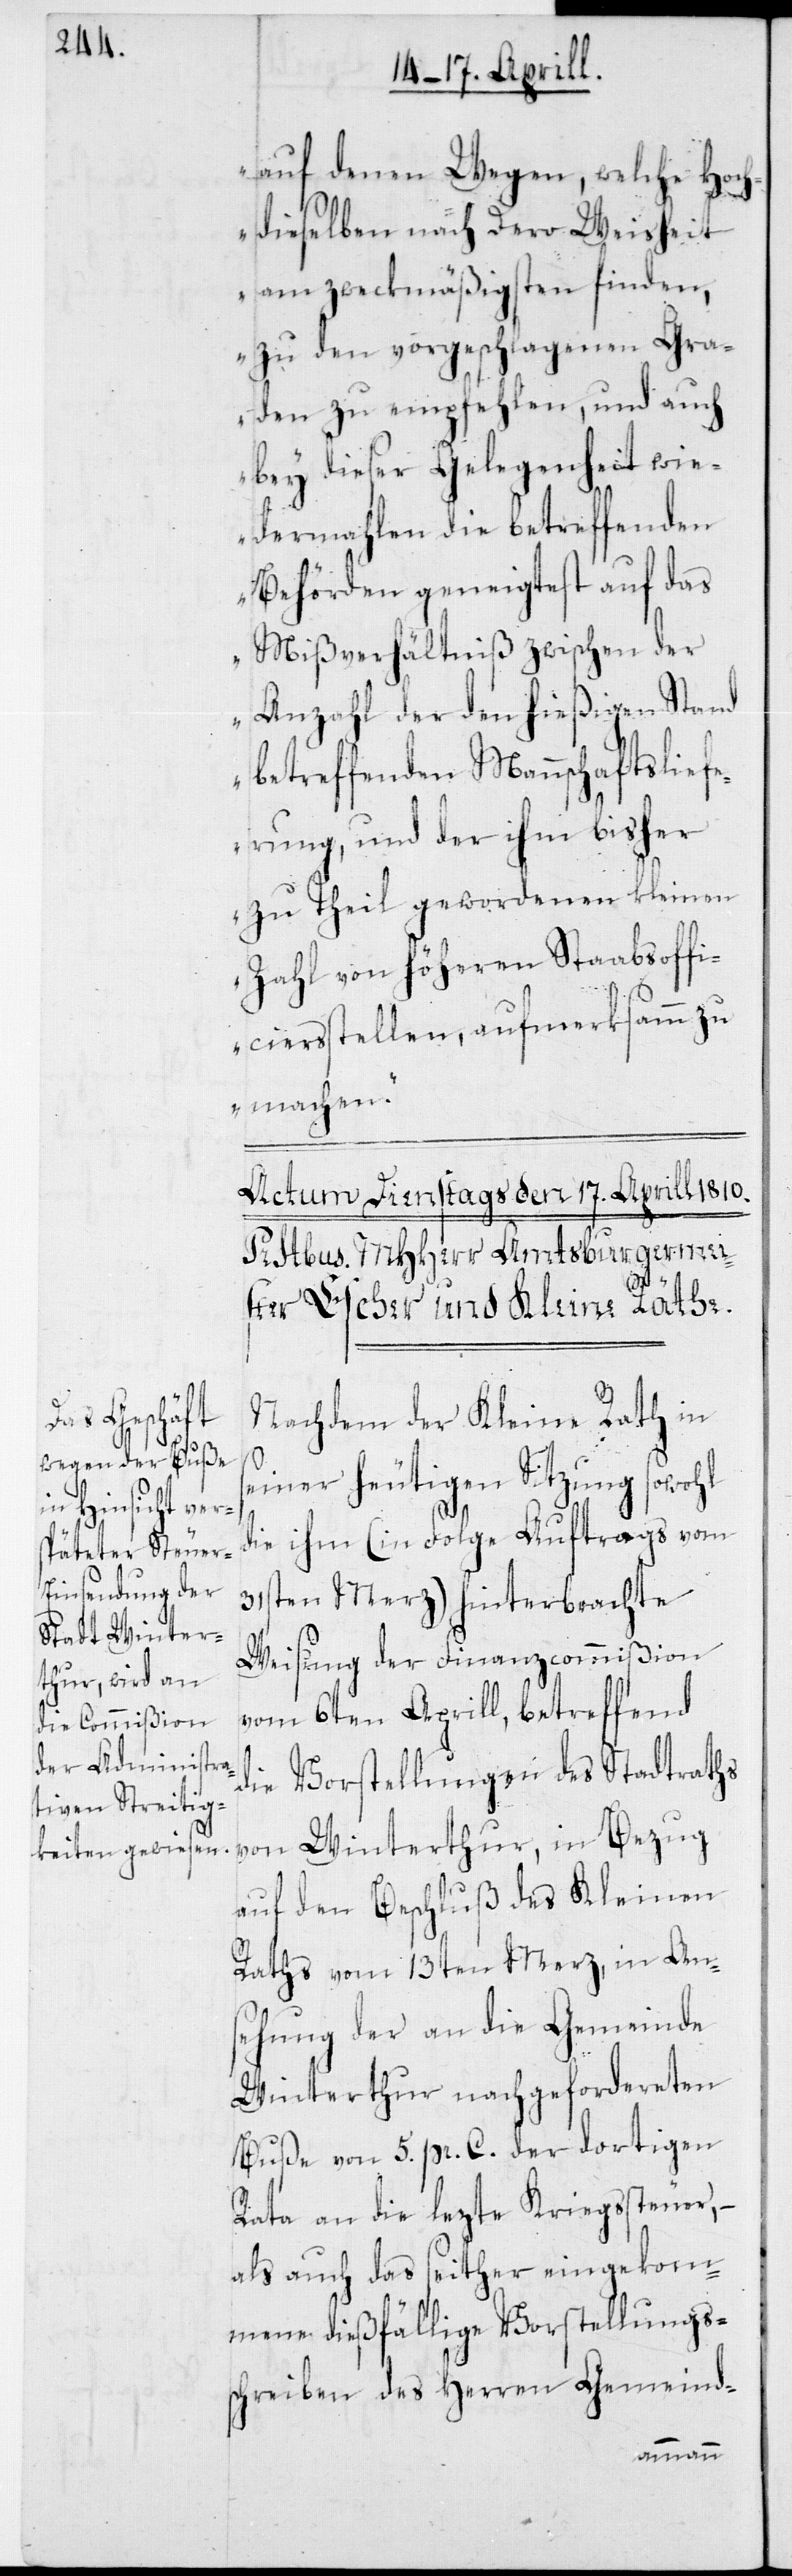
auf denen Wegen, welche Hoch¬
dieselben nach Dero Weisheit
am zweckmäßigsten finden,
zu den vorgeschlagenen Gra¬
den zu empfehlen, und auch
bey dieser Gelegenheit wie¬
dermahlen die betreffenden
Behörden geneigtest auf das
Mißverhältniß zwischen der
Anzahl der den hießigen Stand
betreffenden Mannschaftsliefe¬
rung, und der ihm bisher
zu Theil gewordenen kleinen
Zahl von höheren Stabsoffi¬
ciersstellen, aufmerksamm zu
machen.“
Nachdem der Kleine Rath in
seiner heutigen Sitzung sowohl
die ihm (in Folge Auftrags vom
31sten Merz) hinterbrachte
Weisung der Finanzcommißion
vom 6ten Aprill, betreffend
die Vorstellungen des Stadtraths
von Winterthur, in Bezug
auf den Beschluß des Kleinen
Raths vom 13ten Merz, in Ans¬
ehung der an die Gemeinde
Winterthur nachgefordereten
Buße von 5. pr. C. der dortigen
Rata an die lezte Kriegssteuer, –
als auch das seither eingekom¬
mene dießfällige Vorstellungs¬
schreiben des Herren Gemeind-